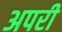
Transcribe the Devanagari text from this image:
अपरी